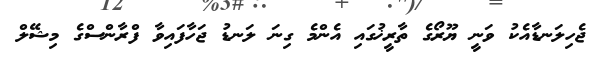
ޖެހިލަނޑާއެކު ވަނީ ޔޫރޯގެ ތާރީޚުގައި އެންމެ ގިނަ ލަނޑު ޖަހާފައިވާ ފްރާންސްގެ މިޝޭލް